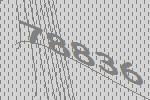
78836